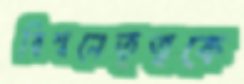
বিশ্বনেতৃত্বকে